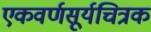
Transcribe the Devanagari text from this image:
एकवर्णसूर्यचित्रक